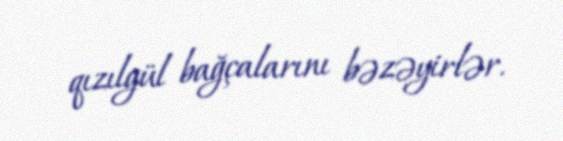
qızılgül bağçalarını bəzəyirlər.